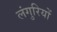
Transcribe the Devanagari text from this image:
लंगुरियों